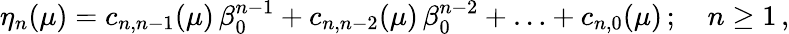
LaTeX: \eta_{n}(\mu)=c_{n,n-1}(\mu)\, \beta_{0}^{n-1}+c_{n,n-2}(\mu)\, \beta_{0}^{n-2}+\ldots+c_{n,0}(\mu)\, ;\quad n\ge 1\, ,